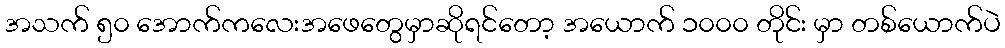
အသက် ၅၀ အောက်ကလေးအဖေတွေမှာဆိုရင်တော့ အယောက် ၁၀၀၀ တိုင်း မှာ တစ်ယောက်ပဲ